Plague in India, 1896, 1897 - Volume 1
Year: 1896
Disease focus: Plague
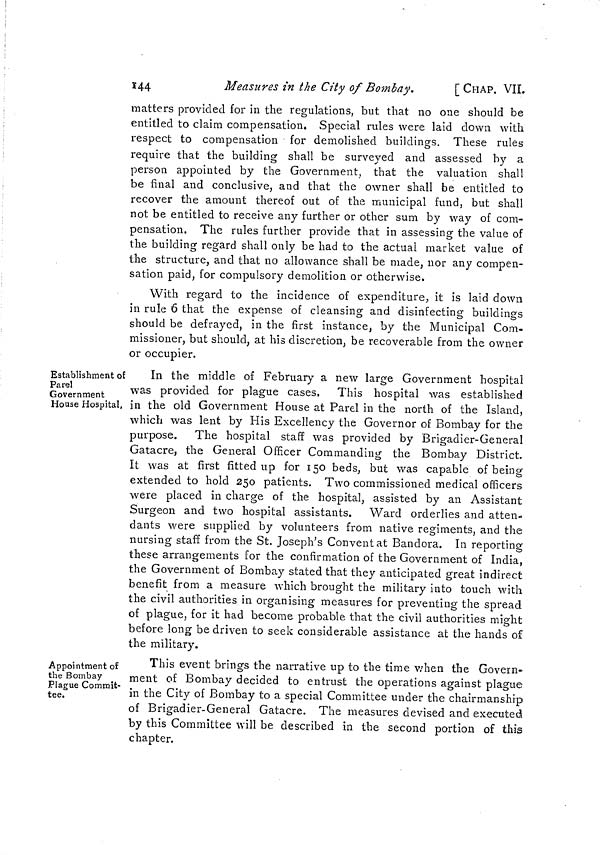
144
Measures in the City of Bombay.
[CHAP. VII.
matters provided for in the regulations, but that no one should be
entitled to claim compensation. Special rules were laid down with
respect to compensation for demolished buildings. These rules
require that the building shall be surveyed and assessed by a
person appointed by the Government, that the valuation shall
be final and conclusive, and that the owner shall be entitled to
recover the amount thereof out of the municipal fund, but shall
not be entitled to receive any further or other sum by way of com-
pensation. The rules further provide that in assessing the value of
the building regard shall only be had to the actual market value of
the structure, and that no allowance shall be made, nor any compen-
sation paid, for compulsory demolition or otherwise.
With regard to the incidence of expenditure, it is laid down
in rule 6 that the expense of cleansing and disinfecting buildings
should be defrayed, in the first instance, by the Municipal Com-
missioner, but should, at his discretion, be recoverable from the owner
or occupier.
Establishment of
Parel
Government
House Hospital,
In the middle of February a new large Government hospital
was provided for plague cases. This hospital was established
in the old Government House at Parel in the north of the Island,
which was lent by His Excellency the Governor of Bombay for the
purpose. The hospital staff was provided by Brigadier-General
Gatacre, the General Officer Commanding the Bombay District.
It was at first fitted up for 150 beds, but was capable of being
extended to hold 250 patients. Two commissioned medical officers
were placed in charge of the hospital, assisted by an Assistant
Surgeon and two hospital assistants. Ward orderlies and atten-
dants were supplied by volunteers from native regiments, and the
nursing staff from the St. Joseph's Convent at Bandora. In reporting
these arrangements for the confirmation of the Government of India,
the Government of Bombay stated that they anticipated great indirect
benefit from a measure which brought the military into touch with
the civil authorities in organising measures for preventing the spread
of plague, for it had become probable that the civil authorities might
before long be driven to seek considerable assistance at the hands of
the military.
Appointment of
the Bombay
Plague Commit-
tee.
This event brings the narrative up to the time when the Govern-
ment of Bombay decided to entrust the operations against plague
in the City of Bombay to a special Committee under the chairmanship
of Brigadier-General Gatacre. The measures devised and executed
by this Committee will be described in the second portion of this
chapter.